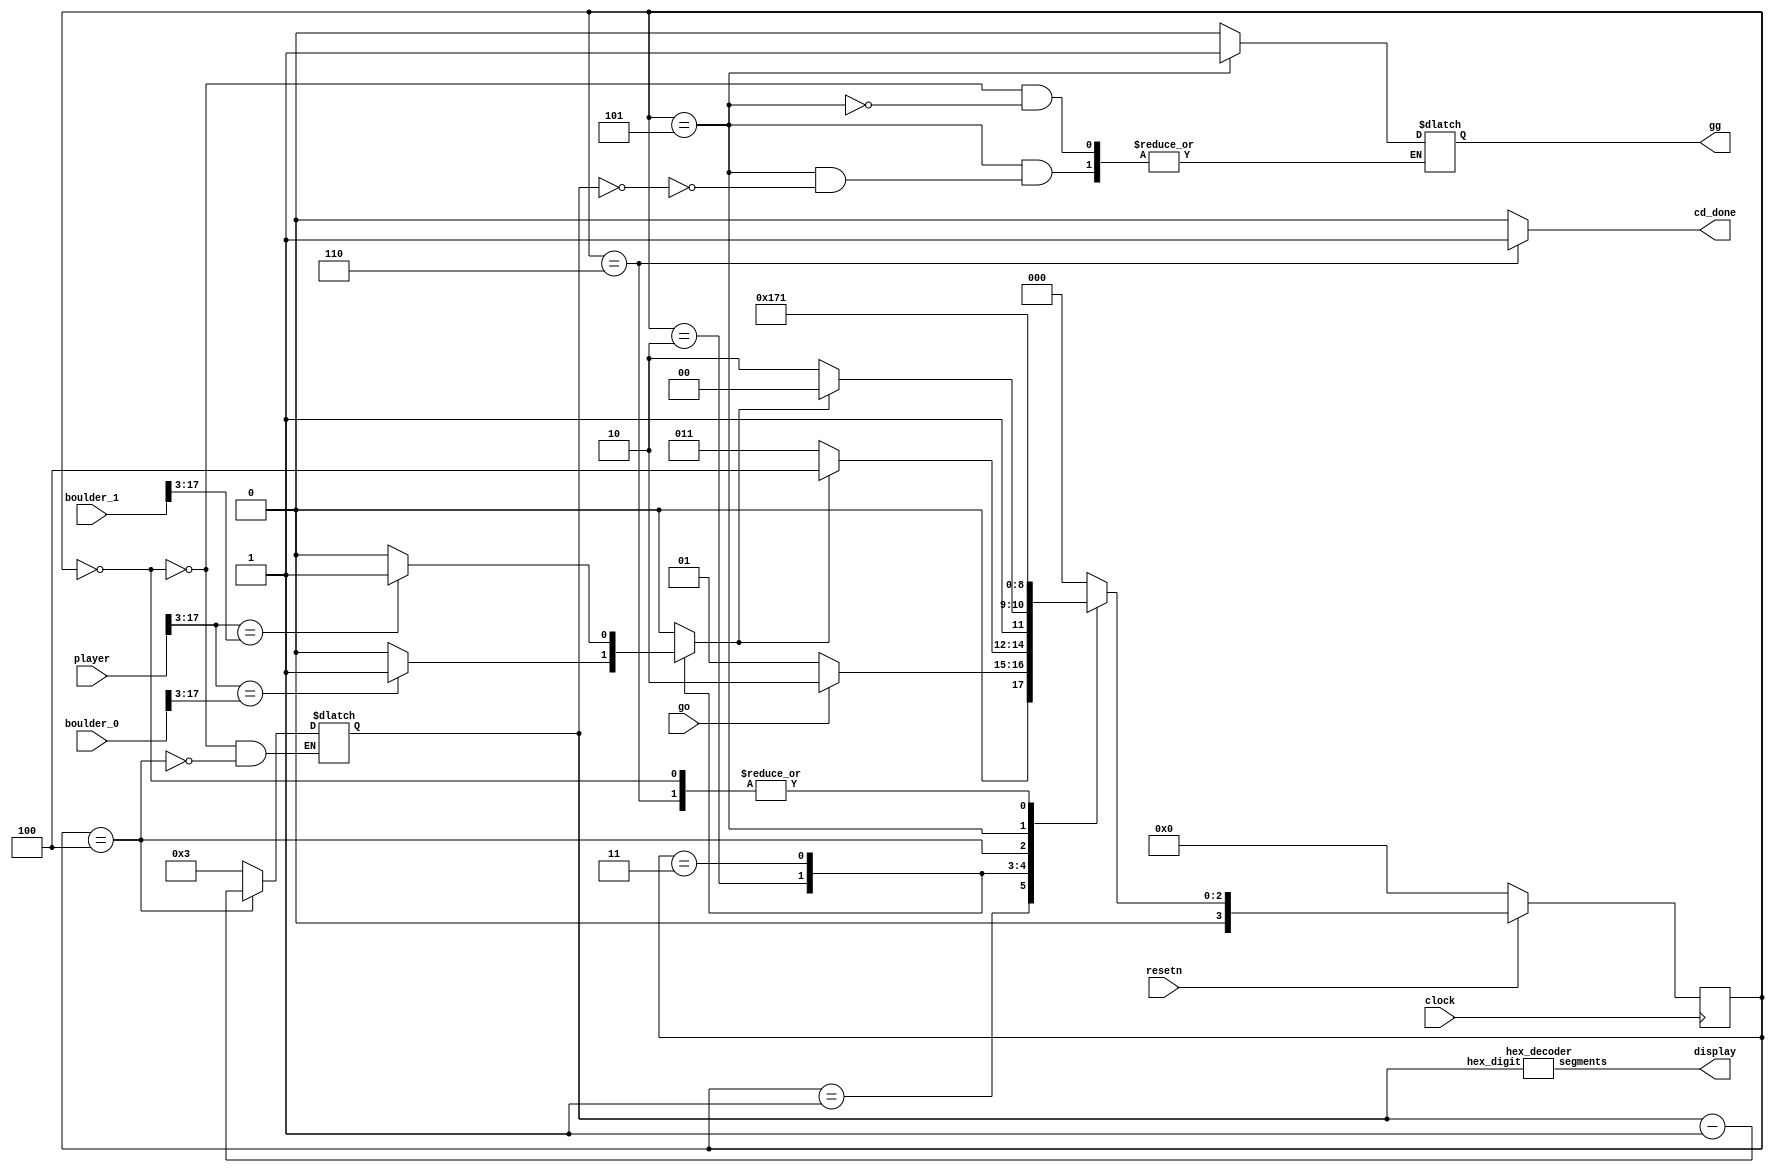
module collision (
	input clock,
	input resetn,
	input go,
	input [17:0] player, boulder_0, boulder_1,
	
	output [6:0] display,
	output reg cd_done, gg
	);
	
	reg [3:0] current_state, next_state;
	reg [3:0] lives;
	
	reg collision;
	
	localparam 	SETUP				= 4'd0,
					IDLE				= 4'd1,
					COMPARE_B_0		= 4'd2,
					COMPARE_B_1		= 4'd3,
					COLL_DETECTED 	= 4'd4,
					CHECK_LIVES		= 4'd5,
					COLL_DONE		= 4'd6;
					
	always @(*)
	begin: state_table
		case (current_state)
			SETUP: next_state = IDLE;
			IDLE: next_state = go ? COMPARE_B_0 : IDLE;
			COMPARE_B_0: next_state = collision ? COLL_DETECTED : COMPARE_B_1;
			COMPARE_B_1: next_state = collision ? COLL_DETECTED : COLL_DONE;
			COLL_DETECTED: next_state = CHECK_LIVES;
			CHECK_LIVES: next_state = COLL_DONE;
			COLL_DONE: next_state = IDLE;
			default next_state = SETUP;
		endcase
	end
	
	always @(*)
	begin: enable_signals
		collision = 0;
		cd_done = 0;
		
		case (current_state)
			SETUP: begin
				lives = 4'b0011;
				gg = 0;
			end
			COMPARE_B_0: begin
				if (player[17:3] == boulder_0[17:3])
					collision = 1;
			end
			COMPARE_B_1: begin
				if (player[17:3] == boulder_1[17:3])
					collision = 1;
			end
			COLL_DETECTED: begin
				lives = lives - 1;
			end
			CHECK_LIVES: begin
				if (lives == 4'b0000) begin
					gg = 1;
				end
			end
			COLL_DONE: begin
				cd_done = 1;
			end
		endcase
	end
					
	always @(posedge clock)
	begin: state_FFs
		if (!resetn)
			current_state <= SETUP;
		else
			current_state <= next_state;
	end
	
	hex_decoder h0 (
		.hex_digit(lives),
		.segments(display)
	);
	
endmodule

module hex_decoder(hex_digit, segments);
    input [3:0] hex_digit;
    output reg [6:0] segments;
   
    always @(*)
        case (hex_digit)
            4'h0: segments = 7'b100_0000;
            4'h1: segments = 7'b111_1001;
            4'h2: segments = 7'b010_0100;
            4'h3: segments = 7'b011_0000;
            4'h4: segments = 7'b001_1001;
            4'h5: segments = 7'b001_0010;
            4'h6: segments = 7'b000_0010;
            4'h7: segments = 7'b111_1000;
            4'h8: segments = 7'b000_0000;
            4'h9: segments = 7'b001_1000;
            4'hA: segments = 7'b000_1000;
            4'hB: segments = 7'b000_0011;
            4'hC: segments = 7'b100_0110;
            4'hD: segments = 7'b010_0001;
            4'hE: segments = 7'b000_0110;
            4'hF: segments = 7'b000_1110;   
            default: segments = 7'h7f;
        endcase
endmodule